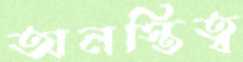
অনস্তিত্ব